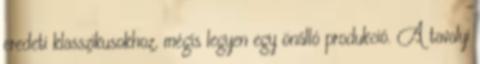
eredeti klasszikusokhoz, mégis legyen egy önálló produkció. A tavalyi